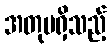
အတုမရှိသည့်